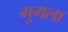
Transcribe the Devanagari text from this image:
मुगला